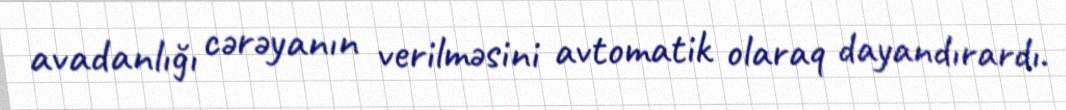
avadanlığı cərəyanın verilməsini avtomatik olaraq dayandırardı.